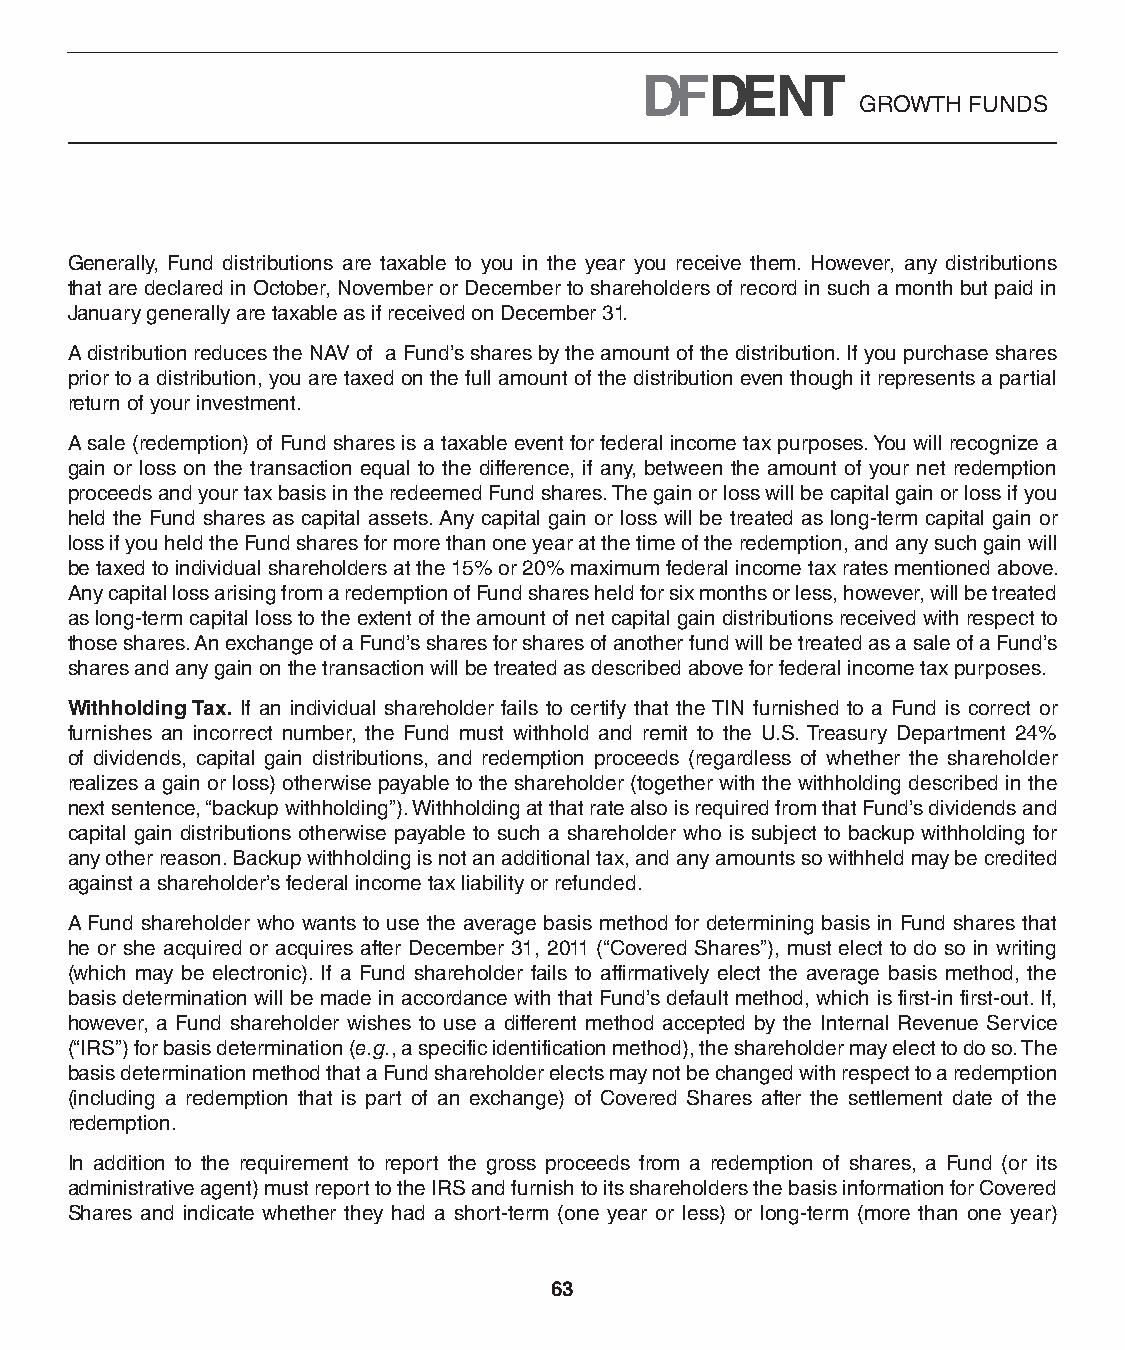
GROWTH FUNDS
 Generally, Fund distributions are taxable to you in the year you receive them. However, any distributions
 that are declared in October, November or December to shareholders of record in such a month but paid in
 January generally are taxable as if received on December 31.
 A distribution reduces the NAV of a Fund’s shares by the amount of the distribution. If you purchase shares
 prior to a distribution, you are taxed on the full amount of the distribution even though it represents a partial
 return of your investment.
 A sale (redemption) of Fund shares is a taxable event for federal income tax purposes. You will recognize a
 gain or loss on the transaction equal to the difference, if any, between the amount of your net redemption
 proceeds and your tax basis in the redeemed Fund shares. The gain or loss will be capital gain or loss if you
 held the Fund shares as capital assets. Any capital gain or loss will be treated as long-term capital gain or
 loss if you held the Fund shares for more than one year at the time of the redemption, and any such gain will
 be taxed to individual shareholders at the 15% or 20% maximum federal income tax rates mentioned above.
 Any capital loss arising from a redemption of Fund shares held for six months or less, however, will be treated
 as long-term capital loss to the extent of the amount of net capital gain distributions received with respect to
 those shares. An exchange of a Fund’s shares for shares of another fund will be treated as a sale of a Fund’s
 shares and any gain on the transaction will be treated as described above for federal income tax purposes.
 Withholding Tax. If an individual shareholder fails to certify that the TIN furnished to a Fund is correct or
 furnishes an incorrect number, the Fund must withhold and remit to the U.S. Treasury Department 24%
 of dividends, capital gain distributions, and redemption proceeds (regardless of whether the shareholder
 realizes a gain or loss) otherwise payable to the shareholder (together with the withholding described in the
 next sentence, “backup withholding”). Withholding at that rate also is required from that Fund’s dividends and
 capital gain distributions otherwise payable to such a shareholder who is subject to backup withholding for
 any other reason. Backup withholding is not an additional tax, and any amounts so withheld may be credited
 against a shareholder’s federal income tax liability or refunded.
 A Fund shareholder who wants to use the average basis method for determining basis in Fund shares that
 he or she acquired or acquires after December 31, 2011 (“Covered Shares”), must elect to do so in writing
 (which may be electronic). If a Fund shareholder fails to affirmatively elect the average basis method, the
 basis determination will be made in accordance with that Fund’s default method, which is first-in first-out. If,
 however, a Fund shareholder wishes to use a different method accepted by the Internal Revenue Service
 (“IRS”) for basis determination (e.g., a specific identification method), the shareholder may elect to do so. The
 basis determination method that a Fund shareholder elects may not be changed with respect to a redemption
 (including a redemption that is part of an exchange) of Covered Shares after the settlement date of the
 redemption.
 In addition to the requirement to report the gross proceeds from a redemption of shares, a Fund (or its
 administrative agent) must report to the IRS and furnish to its shareholders the basis information for Covered
 Shares and indicate whether they had a short-term (one year or less) or long-term (more than one year)
 63